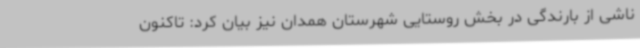
ناشی از بارندگی در بخش روستایی شهرستان همدان نیز بیان کرد: تاکنون